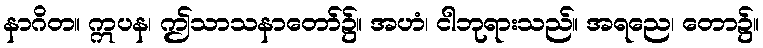
နာဂိတ။ ဣပန၊ ဤသာသနာတော်၌။ အဟံ၊ ငါဘုရားသည်။ အရညေ၊ တော၌။